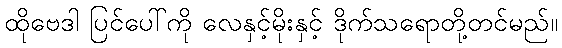
ထိုဗေဒါ ပြင်ပေါ်ကို လေနှင့်မိုးနှင့် ဒိုက်သရောတို့တင်မည်။